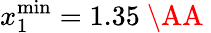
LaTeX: x_{1}^{\mathrm{min}}=1.35\mathrm{~\AA~}